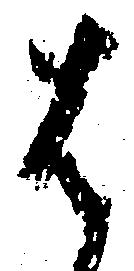
は